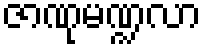
ဇာဏုမဏ္ဍလာ